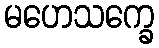
မဟေသက္ခေ